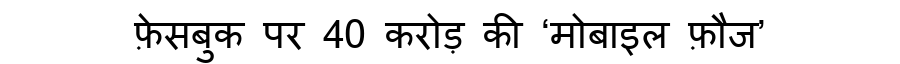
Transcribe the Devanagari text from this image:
फ़ेसबुक पर 40 करोड़ की ‘मोबाइल फ़ौज’